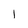
Character: 1